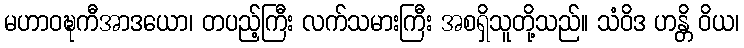
မဟာဝဍ္ဎကီအာဒယော၊ တပည့်ကြီး လက်သမားကြီး အစရှိသူတို့သည်။ သံဝိဒ ဟန္တိ ဝိယ၊